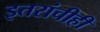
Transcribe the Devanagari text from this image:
इतरांचीही